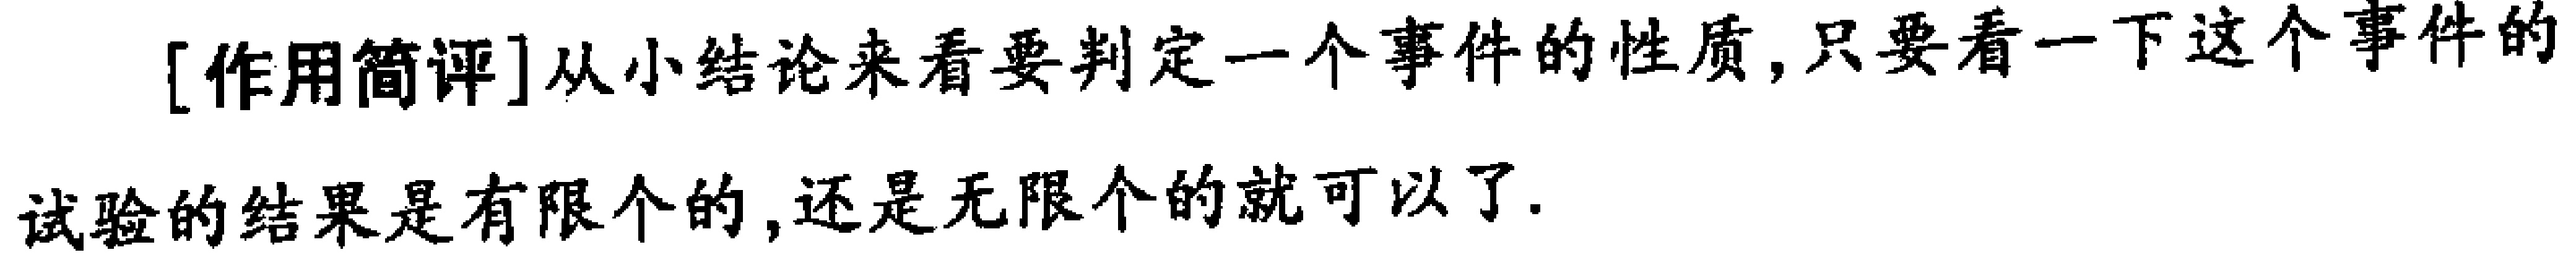
[作用简评]从小结论来看要判定一个事件的性质,只要看一下这个事件的试验的结果是有限个的,还是无限个的就可以了.